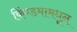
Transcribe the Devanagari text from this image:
किंग्डमामधून